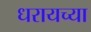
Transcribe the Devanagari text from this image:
धरायच्या